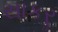
સાકરૢ